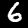
Label: 6